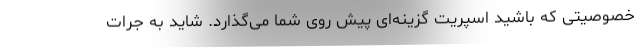
خصوصیتی که باشید اسپریت گزینه‌ای پیش روی شما می‌گذارد. شاید به جرات